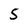
Character: 5